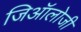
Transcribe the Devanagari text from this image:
जिऑलोजी